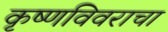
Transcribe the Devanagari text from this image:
कृष्णविवराचा